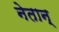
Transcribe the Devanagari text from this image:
नेतान्